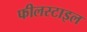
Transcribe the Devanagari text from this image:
फीलस्टाइल